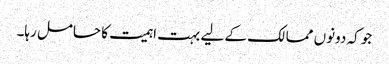
جو کہ دونوں ممالک کے لیے بہت اہمیت کا حامل رہا۔